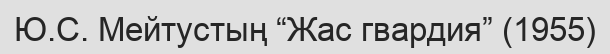
Ю.С. Мейтустың “Жас гвардия” (1955)